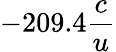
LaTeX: -209.4\frac{c}{u}